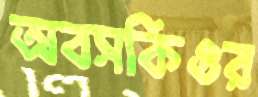
অবসকিওর